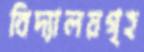
বিদ্যালয়গৃহ